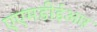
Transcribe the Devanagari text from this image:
एएमडीईआऱ